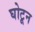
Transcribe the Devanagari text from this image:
घोटून